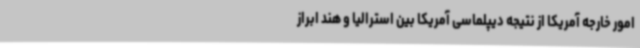
امور خارجه آمریکا از نتیجه دیپلماسی آمریکا بین استرالیا و هند ابراز